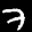
Label: 7